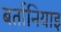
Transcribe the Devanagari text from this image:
बर्तानियाइ